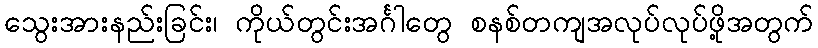
သွေးအားနည်းခြင်း၊ ကိုယ်တွင်းအင်္ဂါတွေ စနစ်တကျအလုပ်လုပ်ဖို့အတွက်